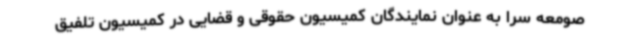
صومعه سرا به عنوان نمایندگان کمیسیون حقوقی و قضایی در کمیسیون تلفیق